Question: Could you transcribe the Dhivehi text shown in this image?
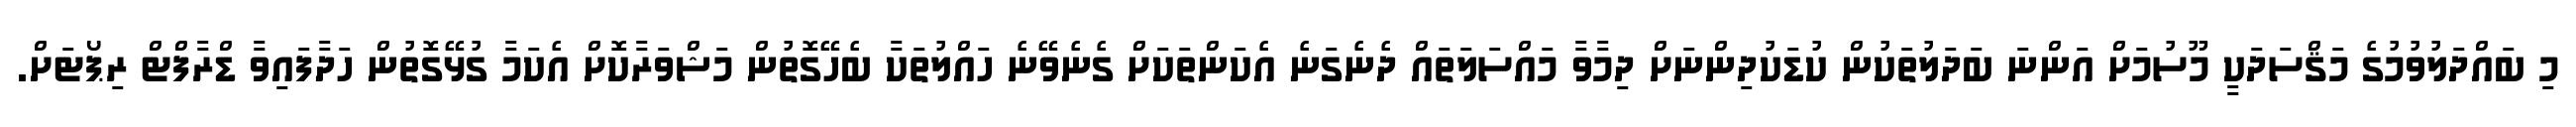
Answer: މި ބައްދަލުވުމުގެ މަޤްސަދަކީ މޫސުމަށް އަންނަ ބަދަލުތަކުން ކުޑަކުދިންނަށް ދިމާވާ މައްސަލަތައް ދެނެގަނެ އެކަންތަކަށް ގެނެވޭނެ ހައްލުތަކާ ބެހޭގޮތުން މަޝްވަރާކޮށް އެކަމާ ގުޅޭގޮތުން ހަދާފައިވާ ޑްރާފްޓް ރިޕޯޓަށް.